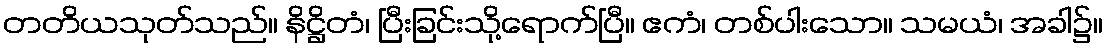
တတိယသုတ်သည်။ နိဋ္ဌိတံ၊ ပြီးခြင်းသို့ရောက်ပြီ။ ဧကံ၊ တစ်ပါးသော။ သမယံ၊ အခါ၌။